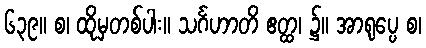
၆၃၉။ စ၊ ထိုမှတစ်ပါး။ သင်္ဂဟာတိ ဧတ္ထ၊ ၌။ အာရုပ္ပေ စ၊